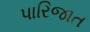
પારિજાત